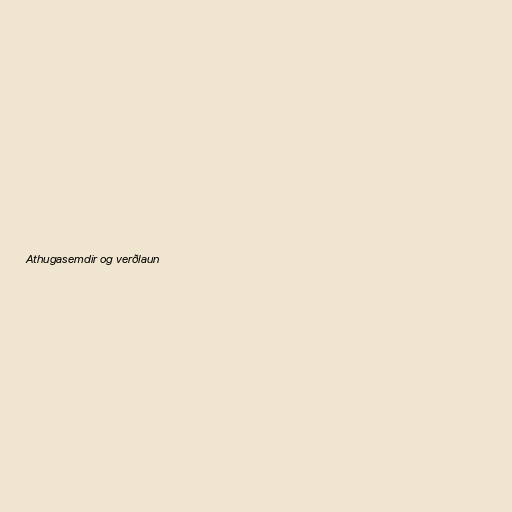
Athugasemdir og verðlaun